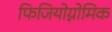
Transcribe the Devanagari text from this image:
फिजियोग्नोमिक